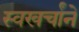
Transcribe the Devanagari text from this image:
स्वखर्चांनें